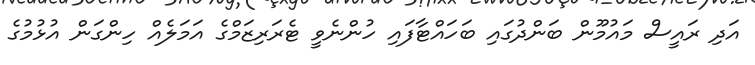
އަދި ރައީސް މައުމޫން ބަންދުގައި ބަހައްޓާފައި ހުންނެވީ ޓެރަރިޒަމްގެ އަމަލެއް ހިންގަން އުޅުމުގެ